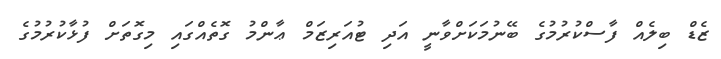
ޒެޑް ބިލެއް ފާސްކުރުމުގެ ބޭނުމަކަށްވާނީ އަދި ޓުއަރިޒަމް ޢާންމު ގޮތެއްގައި މިގޮތަށް ފުޅާކުރުމުގެ